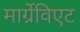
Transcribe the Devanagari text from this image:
मार्ग्रेविएट